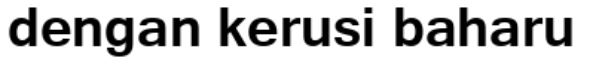
dengan kerusi baharu